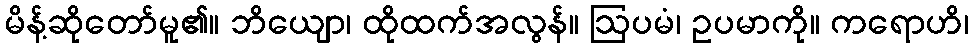
မိန့်ဆိုတော်မူ၏။ ဘိယျော၊ ထိုထက်အလွန်။ ဩပမံ၊ ဥပမာကို။ ကရောဟိ၊